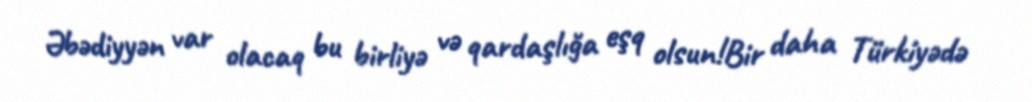
Əbədiyyən var olacaq bu birliyə və qardaşlığa eşq olsun!Bir daha Türkiyədə